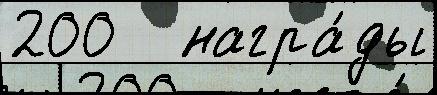
200   награ́ды